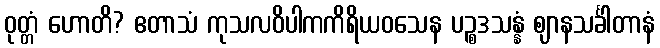
ဝုတ္တံ ဟောတိ? ဧတာသံ ကုသလဝိပါကကိရိယဝသေန ပဉ္စဒသန္နံ ဈာနသင်္ခါတာနံ